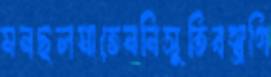
মনছলমাতেননিসুতিবস্ত্রগি